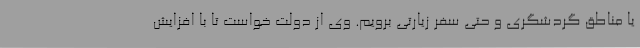
یا مناطق گردشگری و حتی سفر زیارتی برویم. وی از دولت خواست تا با افزایش